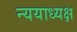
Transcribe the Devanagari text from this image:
न्ययाध्यक्ष